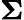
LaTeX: \boldsymbol\Sigma